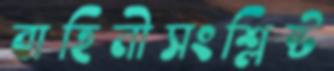
বাহিনীসংশ্লিষ্ট